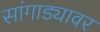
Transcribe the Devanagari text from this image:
सांगाड्यावर